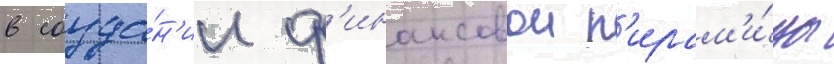
в созда́н'ии ф'инансовои п'ирам'и́ды